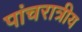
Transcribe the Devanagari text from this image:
पांचरात्रीय